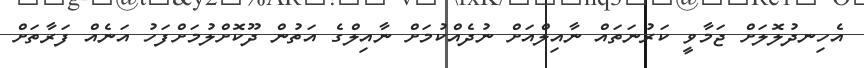
އެހިނދުލޮލަށް ޖަމާވީ ކަރުނަތައް ނާއިލްއަށް ނުދެއްކުމަށް ނާއިލްގެ އަތުން ދޫކޮށްލުމަށްފަހު އަނެއް ފަރާތަށް